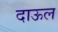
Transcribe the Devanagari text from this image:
दाऊल